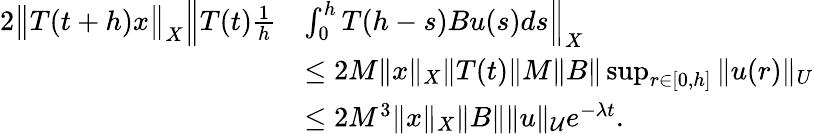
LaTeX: \begin{array}{rl}{2\big\| T(t+h)x\big\| _{X}\Big\| T(t)\frac{1}{h}}&{\int_{0}^{h}{T(h-s)Bu(s)ds}\Big\| _{X}}\\ &{\leq 2M\| x\| _{X}\| T(t)\| M\| B\| \operatorname*{sup}_{r\in[0,h]}\| u(r)\| _{U}}\\ &{\leq 2M^{3}\| x\| _{X}\| B\| \| u\| _{\cal U}e^{-\lambda t}.}\end{array}